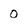
Character: 0